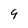
Character: 9